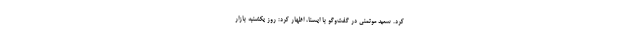
کرد. سعید موتمنی در گفت‌وگو با ایسنا، اظهار کرد: روز یکشنبه بازار